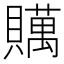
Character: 贎